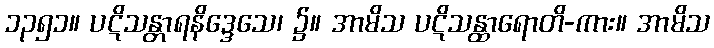
၁၃၅၁။ ပဋိသန္တာရနိဒ္ဒေသေ၊ ၌။ အာမိသ ပဋိသန္ထာရောတိ-ကား။ အာမိသ